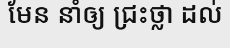
មែន នាំឲ្យ ជ្រះថ្លា ដល់